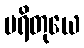
မရိတုယေ